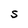
Character: S